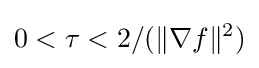
0<\tau <2/(\|\nabla f\|^{2})